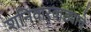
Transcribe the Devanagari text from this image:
शनिवारवाड्याचे